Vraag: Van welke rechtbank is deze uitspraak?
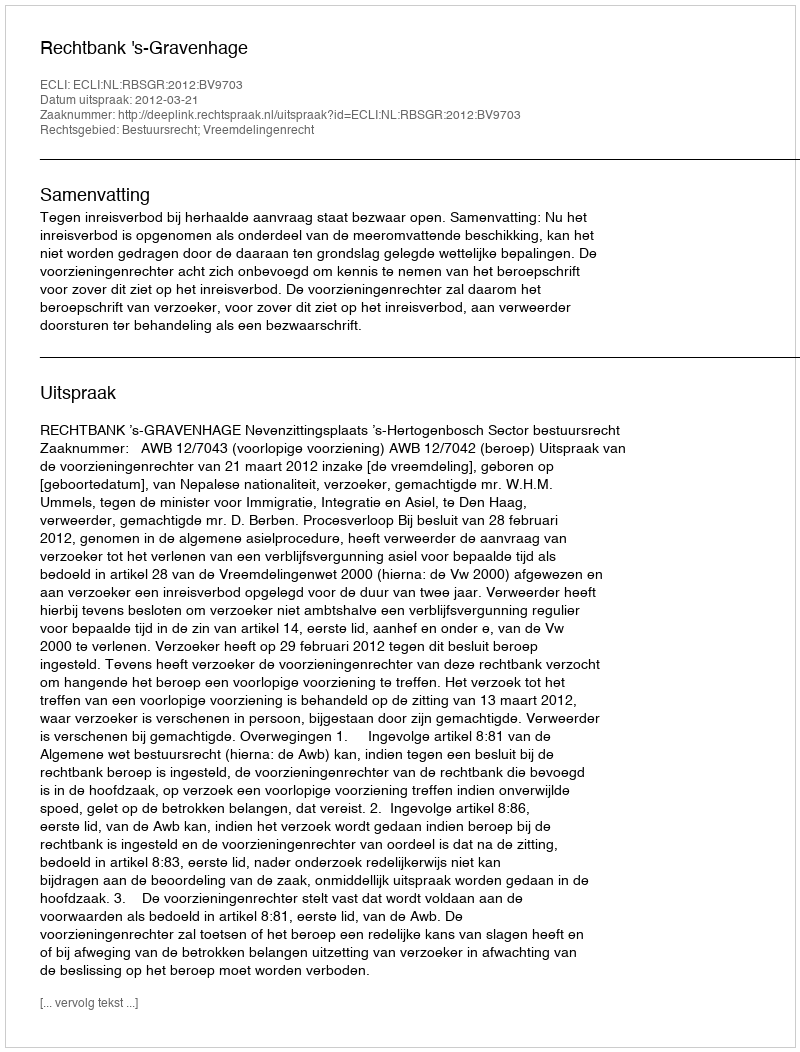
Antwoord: Rechtbank 's-Gravenhage